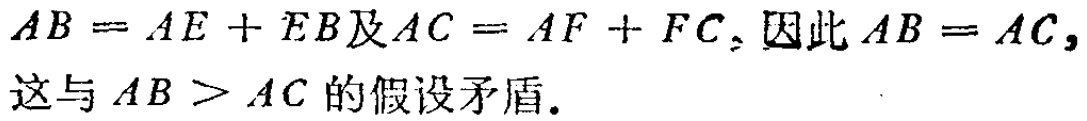
\(AB = AE + EB及AC = AF + FC. 因此AB = AC,这与AB > AC的假设矛盾.\)